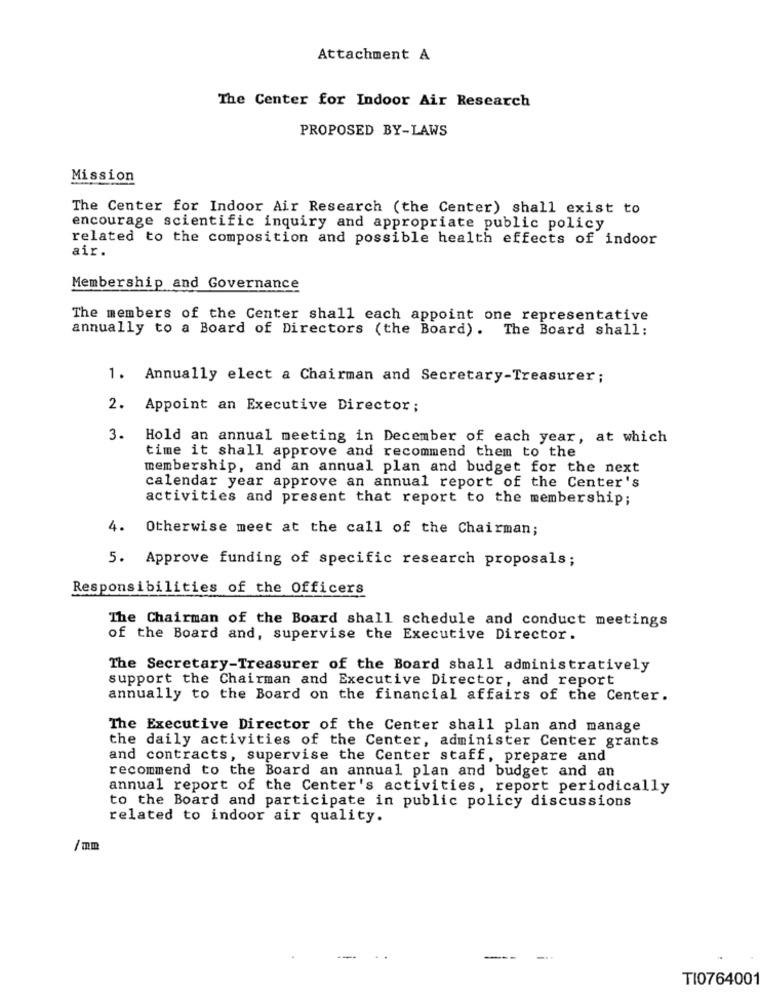
Attachment A
The Center for Indoor Air Research
PROPOSED BY-LAWS
Mission
The Center for Indoor Air Research (the Center) shall exist to
encourage scientific inquiry and appropriate public policy
related to the composition and possible health effects of indoor
air.
Membership and Governance
The members of the Center shall each appoint one representative
annually to a Board of Directors (the Board). The Board shall;
1. Annually elect a Chairman and Secretary-Treasurer ;
2. Appoint an Executive Director;
3. Hold an annual meeting in December of each year, at which
time it shall approve and recommend them to the
membership, and an annual plan and budget for the next
calendar year approve an annual report of the Center's
activities and present that report to the membership;
4.
Otherwise meet at the call of the Chairman;
5. Approve funding of specific research proposals;
Responsibilities of the Officers
The Chairman of the Board shall schedule and conduct meetings
of the Board and, supervise the Executive Director.
The Secretary-Treasurer of the Board shall administratively
support the Chairman and Executive Director, and report
annually to the Board on the financial affairs of the Center.
The Executive Director of the Center shall plan and manage
the daily activities of the Center, administer Center grants
and contracts, supervise the Center staff, prepare and
recommend to the Board an annual plan and budget and an
annual report of the Center's activities, report periodically
to the Board and participate in public policy discussions
related to indoor air quality.
/mm
TI0764001